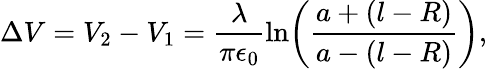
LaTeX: \Delta V=V_{2}-V_{1}=\frac{\lambda}{\pi\epsilon_{0}}\ln\! \left(\frac{a+(l-R)}{a-(l-R)}\right),